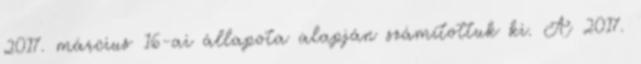
2017. március 16-ai állapota alapján számítottuk ki. A 2017.